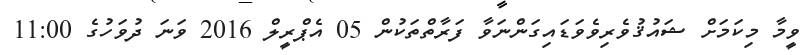
ވީމާ މިކަމަށް ޝައުޤުވެރިވެވަޑައިގަންނަވާ ފަރާތްތަކުން 05 އެޕްރީލް 2016 ވަނަ ދުވަހުގެ 11:00